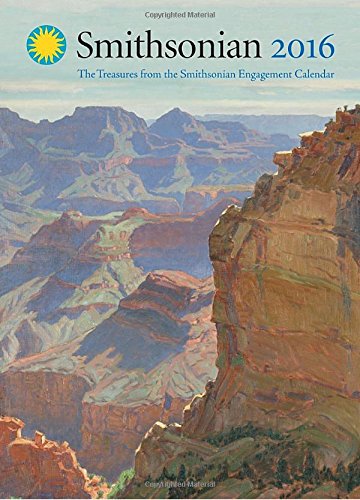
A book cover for Treasures from the Smithsonian Engagement Calendar 2016; Smithsonian Institution; Politics & Social Sciences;